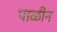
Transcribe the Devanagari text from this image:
पाळीन